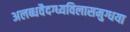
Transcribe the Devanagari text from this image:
अलब्धवैदग्ध्यविलासमुग्धया